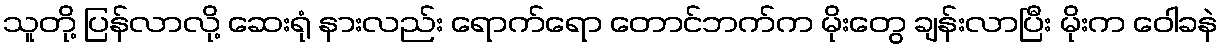
သူတို့ ပြန်လာလို့ ဆေးရုံ နားလည်း ရောက်ရော တောင်ဘက်က မိုးတွေ ချန်းလာပြီး မိုးက ဝေါခနဲ